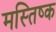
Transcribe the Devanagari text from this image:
मस्तिष्क